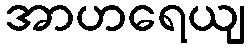
အာဟရေယျ